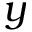
y